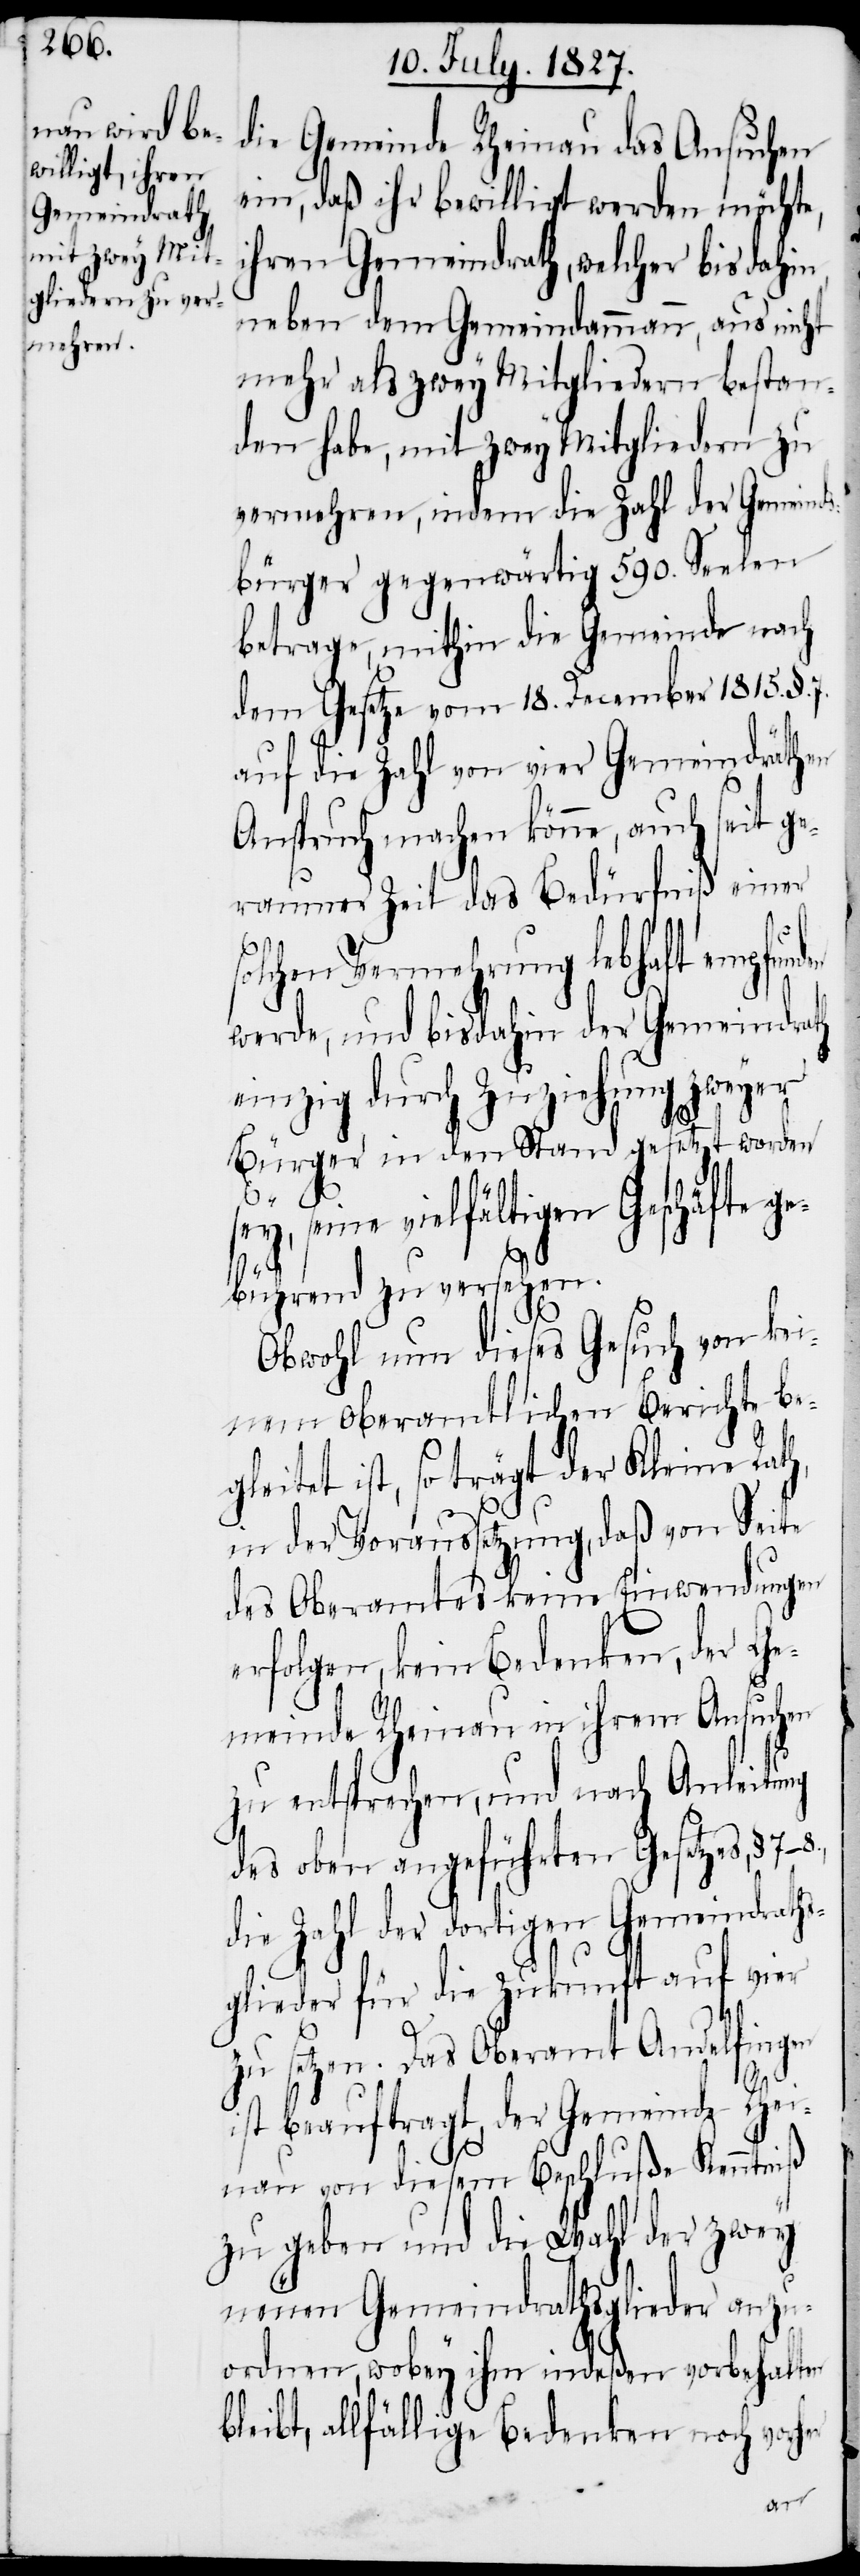
die Gemeinde Rheinau das Ansuchen
ein, daß ihr bewilligt werden möchte,
ihren Gemeindrath, welcher bis dahin,
neben dem Gemeindammann, aus nicht
mehr als zwey Mitgliedern bestan¬
den habe, mit zwey Mitgliedern zu
vermehren, indem die Zahl der Gemeinds¬
bürger gegenwärtig 590. Seelen
betrage, mithin die Gemeinde nach
dem Gesetze vom 18. December 1815. §.
auf die Zahl von vier Gemeindräthen
Anspruch machen könne, auch seit ge¬
raumer Zeit das Bedürfniß einer
solchen Vermehrung lebhaft empfund¬
werde, und bis dahin der Gemeindrath
einzig durch Zuziehung zweyer
Bürger in den Stand gesetzt worden
sey, seine vielfältigen Geschäfte ge¬
bührend zu versehen.
Obwohl nun dieses Gesuch von kei¬
nem Oberamtlichen Berichte be¬
gleitet ist, so trägt der Kleine Rat¬
in der Voraussetzung, daß von Seite
des Oberamtes keine Einwendungen
erfolgen, kein Bedenken, der Ge¬
meinde Rheinau in ihrem Ansuchen
zu entsprechen, und nach Anleitung
des oben angeführten Gesetzes, §.
die Zahl der dortigen Gemeindraths¬
glieder für die Zukunft auf vier
zu setzen. Das Oberamt Andelfingen
ist beauftragt, der Gemeinde Rhei¬
nau von diesem Beschluße Kenntniß
zu geben und die Wahl der zwey
neuen Gemeindrathsglieder anzu¬
ordnen, wobey ihm indeßen vorbehalten
bleibt, allfällige Bedenken noch vor¬
her